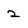
Character: 2